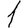
Digit: 1